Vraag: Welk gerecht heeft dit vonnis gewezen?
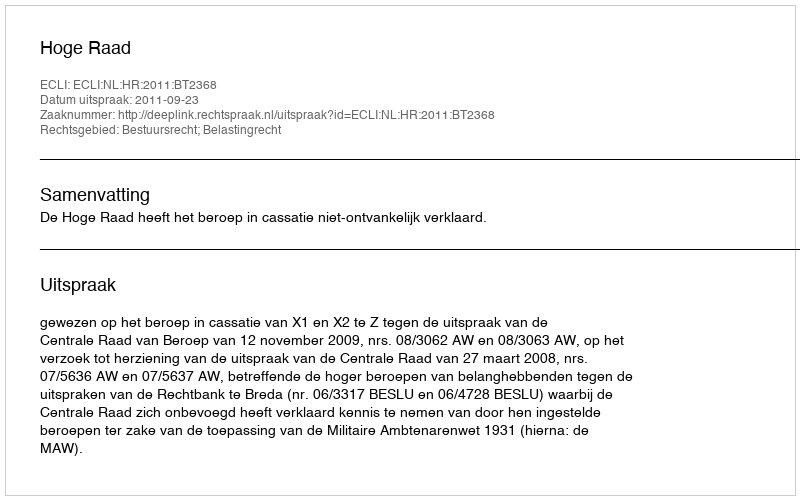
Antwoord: Hoge Raad